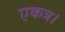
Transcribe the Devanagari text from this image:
एकत्र।